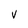
Character: V